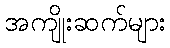
အကျိုးဆက်များ